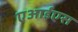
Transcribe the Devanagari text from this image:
एआईएस